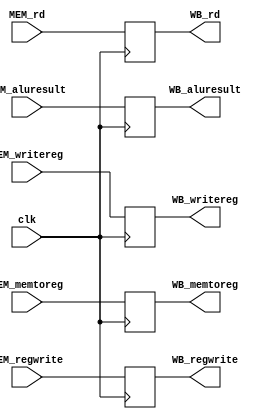
`timescale 1ns / 1ps
//////////////////////////////////////////////////////////////////////////////////
// Company: 
// Engineer: 
// 
// Design Name: 
// Module Name:    MEM_WB 
// Project Name: 
// Target Devices: 
// Tool versions: 
// Description: 
//
// Dependencies: 
//
// Revision: 
// Revision 0.01 - File Created
// Additional Comments: 
//
//////////////////////////////////////////////////////////////////////////////////
module MEM_WB(clk, WB_memtoreg, WB_regwrite, WB_rd, WB_aluresult, WB_writereg,
				MEM_memtoreg, MEM_regwrite, MEM_rd, MEM_aluresult, MEM_writereg);
				
input clk;
input MEM_memtoreg, MEM_regwrite;
input [31:0] MEM_rd, MEM_aluresult;
input [4:0] MEM_writereg;

output reg WB_memtoreg, WB_regwrite;
output reg [31:0] WB_rd, WB_aluresult;
output reg [4:0] WB_writereg;

always@(posedge clk)
begin
	{WB_memtoreg, WB_regwrite} <= {MEM_memtoreg, MEM_regwrite};
	{WB_rd, WB_aluresult} <= {MEM_rd, MEM_aluresult};
	WB_writereg <= MEM_writereg;
end

endmodule